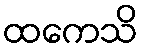
ထကေသိ